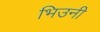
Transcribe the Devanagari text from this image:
भिउनी